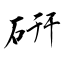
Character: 硏